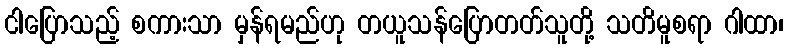
ငါပြောသည့် စကားသာ မှန်ရမည်ဟု တယူသန်ပြောတတ်သူတို့ သတိမူစရာ ဂါထာ၊